Vaccination Hyderabad 1890-1903 - 1890-1903
Year: 1890
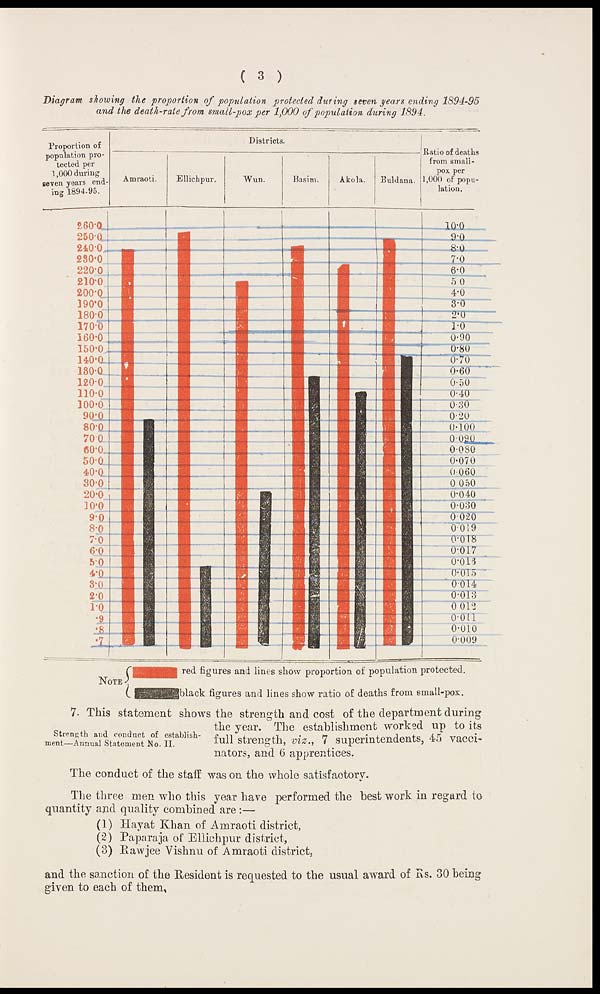
( 3 )
Diagram showing the proportion of population protected during seven years ending 1894-95
and the death-rate from small-pox per 1,000 of population during 1894.
Strength and conduct of establish-
ment—Annual Statement No. II.
7. This statement shows the strength and cost of the department during
the year. The establishment worked up to its
full strength, viz., 7 superintendents, 45 vacci-
nators, and 6 apprentices.
The conduct of the staff was on the whole satisfactory.
The three men who this year have performed the best work in regard to
quantity and quality combined are :—
(1) Hayat Khan of Amraoti district,
(2) Paparaja of Ellichpur district,
(3) Rawjee Vishnu of Amraoti district,
and the sanction of the Resident is requested to the usual award of Rs. 30 being
given to each of them,